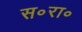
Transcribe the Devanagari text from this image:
स॰रा॰